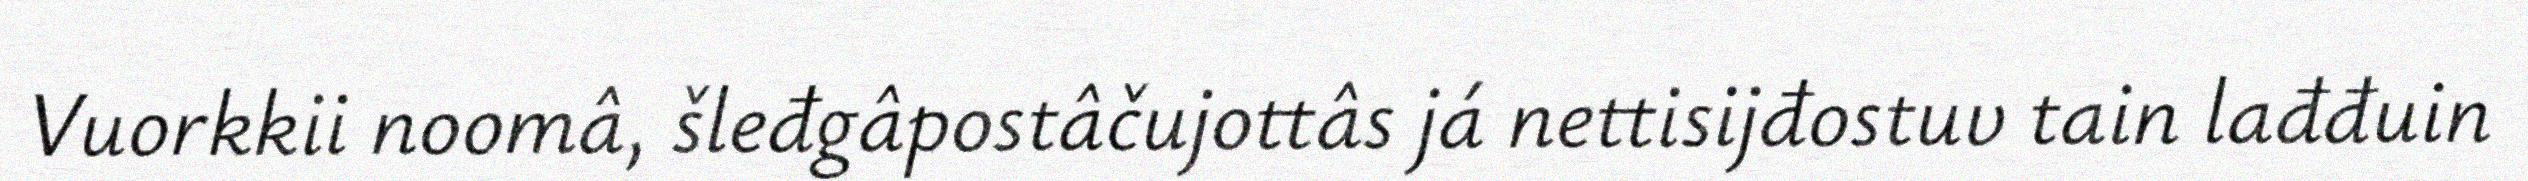
Vuorkkii noomâ, šleđgâpostâčujottâs já nettisijđostuv tain lađđuin